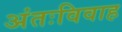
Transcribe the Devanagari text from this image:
अंतःविवाह